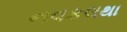
નવકલથા